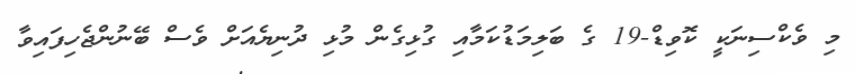
މި ވެކްސިނަކީ ކޮވިޑް-19 ގެ ބަލިމަޑުކަމާއި ގުޅިގެން މުޅި ދުނިޔެއަށް ވެސް ބޭނުންޖެހިފައިވާ